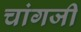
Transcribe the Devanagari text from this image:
चांगजी